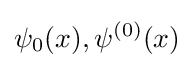
\psi _{0}(x),\psi ^{(0)}(x)